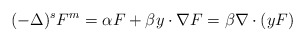
\begin{align*}(-\Delta )^{s}F^m =\alpha F + \beta y\cdot \nabla F=\beta \nabla\cdot (yF)\end{align*}